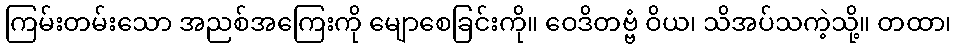
ကြမ်းတမ်းသော အညစ်အကြေးကို မျောစေခြင်းကို။ ဝေဒိတဗ္ဗံ ဝိယ၊ သိအပ်သကဲ့သို့။ တထာ၊